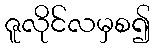
ဇူလိုင်လမှစ၍